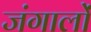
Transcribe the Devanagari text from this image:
जंगालों